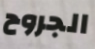
الجروح